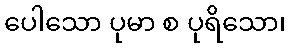
ပေါသော ပုမာ စ ပုရိသော၊